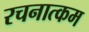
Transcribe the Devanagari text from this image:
रचनात्‍कम